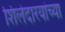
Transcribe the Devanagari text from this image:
शिलेदारयांच्या